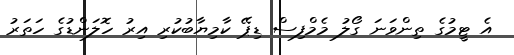
އެ ޓީމުގެ ތިންވަނަ ގޯލު މެމްފިސް ޑިޕޭ ކާމިޔާބުކުރި އިރު ހޮލަންޑުގެ ހަތަރު